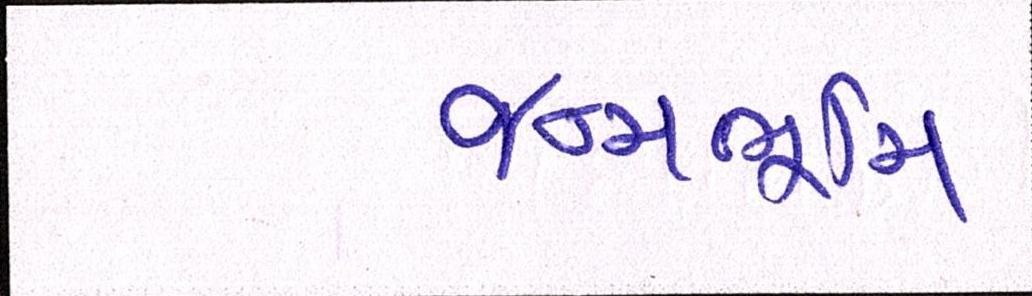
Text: જન્મભૂમિ